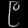
Digit: ၉